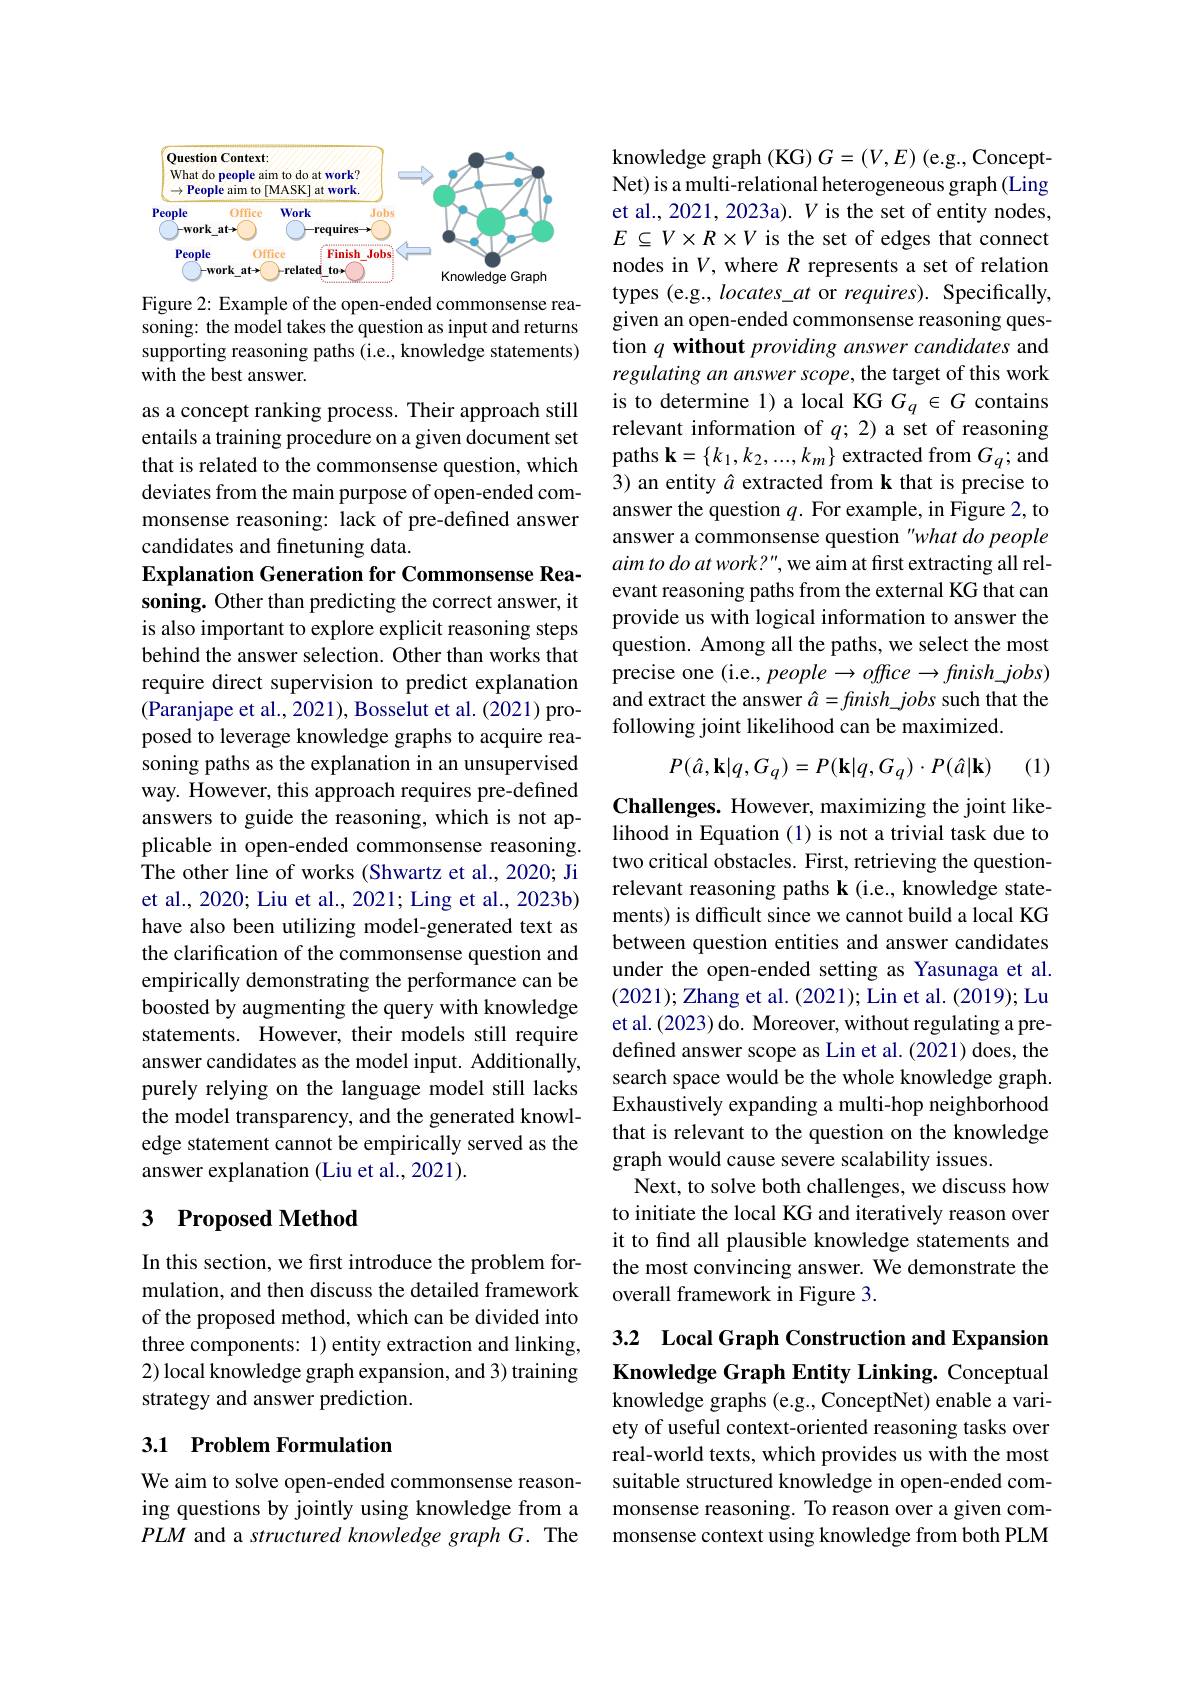
<FigureHere>
Figure 2: Example of the open-ended commonsense rea-

soning: the model takes the question as input and returns supporting reasoning paths (i.e., knowledge statements) with the best answer.
as a concept ranking process. Their approach still entails a training procedure on a given document set that is related to the commonsense question, which deviates from the main purpose of open-ended commonsense reasoning: lack of pre-defined answer candidates and finetuning data.
Explanation Generation for Commonsense Reasoning. Other than predicting the correct answer, it is also important to explore explicit reasoning steps behind the answer selection. Other than works that require direct supervision to predict explanation (Paranjape et al., 2021), Bosselut et al. (2021) proposed to leverage knowledge graphs to acquire reasoning paths as the explanation in an unsupervised way. However, this approach requires pre-defined answers to guide the reasoning, which is not applicable in open-ended commonsense reasoning. The other line of works (Shwartz et al., 2020; Ji et al., 2020; Liu et al., 2021; Ling et al., 2023b) have also been utilizing model-generated text as the clarification of the commonsense question and empirically demonstrating the performance can be boosted by augmenting the query with knowledge statements. However, their models still require answer candidates as the model input. Additionally, purely relying on the language model still lacks the model transparency, and the generated knowledge statement cannot be empirically served as the answer explanation (Liu et al., 2021).

## 3 Proposed Method

In this section, we first introduce the problem formulation, and then discuss the detailed framework of the proposed method, which can be divided into three components: 1) entity extraction and linking, 2) local knowledge graph expansion, and 3) training strategy and answer prediction.

## 3.1 Problem Formulation

We aim to solve open-ended commonsense reasoning questions by jointly using knowledge from a $PLM$ and a structured knowledge graph G. The

knowledge graph (KG) $G=(V,E)$ (e.g., ConceptNet) is a multi-relational heterogeneous graph (Ling et al., 2021, 2023a). $V$ is the set of entity nodes, $E\subseteq V\times R\times V$ is the set of edges that connect nodes in $V$, where $R$ represents a set of relation types (e.g., locates\_at or requires). Specifically, given an open-ended commonsense reasoning question $q\textbf{without providing answer candidates and}$ regulating an answer scope, the target of this work is to determine 1) a local KG $G_q\in G$ contains relevant information of $q;2)$ a set of reasoning paths $\mathbf{k}=\{k_1,k_2,...,k_m\}$ extracted from $G_q;$and 3) an entity $\hat{a}$ extracted from k that is precise to answer the question $q.$ For example, in Figure 2, to answer a commonsense question "what do people aim to do at work? ", we aim at first extracting all relevant reasoning paths from the external KG that can provide us with logical information to answer the question. Among all the paths, we select the most precise one (i.e., people $\to offce\to finish\_jobs)$ and extract the answer $\hat{a}=finish\_jobs$ such that the following joint likelihood can be maximized.

(1)
$$P(\hat{a},\mathbf{k}|q,G_{q})=P(\mathbf{k}|q,G_{q})\cdot P(\hat{a}|\mathbf{k})$$
Challenges. However, maximizing the joint likelihood in Equation (1) is not a trivial task due to two critical obstacles. First, retrieving the questionrelevant reasoning paths k (i.e., knowledge statements) is difficult since we cannot build a local KG between question entities and answer candidates under the open-ended setting as Yasunaga et al. (2021); Zhang et al. (2021); Lin et al. (2019); Lu et al. (2023) do. Moreover, without regulating a predefined answer scope as Lin et al.(2021) does, the search space would be the whole knowledge graph. Exhaustively expanding a multi-hop neighborhood that is relevant to the question on the knowledge graph would cause severe scalability issues.
Next, to solve both challenges, we discuss how to initiate the local KG and iteratively reason over it to find all plausible knowledge statements and the most convincing answer. We demonstrate the overall framework in Figure 3.

## 3.2 Local Graph Construction and Expansion Knowledge Graph Entity Linking. Conceptual knowledge graphs (e.g., ConceptNet) enable a vari-

ety of useful context-oriented reasoning tasks over real-world texts, which provides us with the most suitable structured knowledge in open-ended commonsense reasoning. To reason over a given commonsense context using knowledge from both PLM